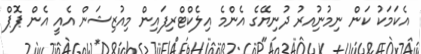
އެކަމަކު ކަން ނިމުނުިއރު ދުނިޔޭގެ އެންމެ އިލެކްޓްރިފައިން މިއުޒިޝަން އެއީ އެން ޕޮޕް